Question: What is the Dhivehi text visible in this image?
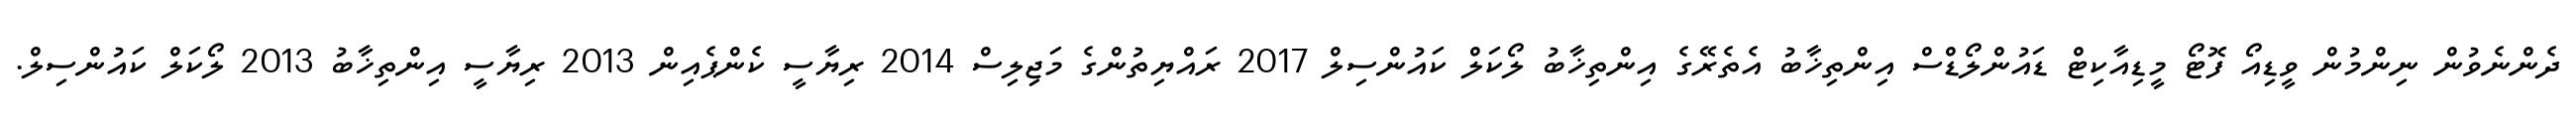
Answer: ދެންނެވުން ނިންމުން ވީޑިއޯ ފޮޓޯ މީޑިއާކިޓް ޑައުންލޯޑްސް އިންތިޚާބު އެތެރޭގެ އިންތިޚާބު ލޯކަލް ކައުންސިލް 2017 ރައްޔިތުންގެ މަޖިލިސް 2014 ރިޔާސީ ކެންޕެއިން 2013 ރިޔާސީ އިންތިޚާބު 2013 ލޯކަލް ކައުންސިލް.